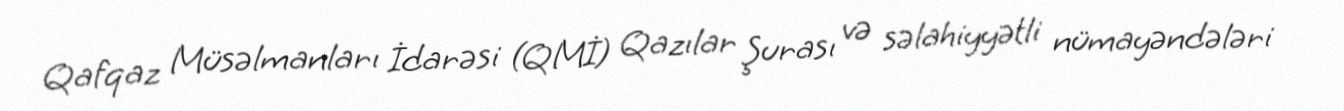
Qafqaz Müsəlmanları İdarəsi (QMİ) Qazılar Şurası və səlahiyyətli nümayəndələri